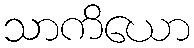
သာကိယော